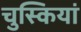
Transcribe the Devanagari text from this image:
चुस्कियां